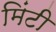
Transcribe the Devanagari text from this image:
मिंटी